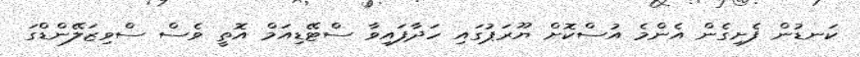
ކަނޑުން ފެށިގެން އެންމެ އުސްކޮށް ޔޫރަޕުގައި ހަދާފައިވާ ސްޓޭޑިއަމް އޮތީ ވެސް ސްވިޒަލޭންޑްގަ